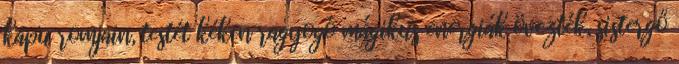
kapu romjain, testét kéken ragyogó mágikus energiák övezték, sistergő